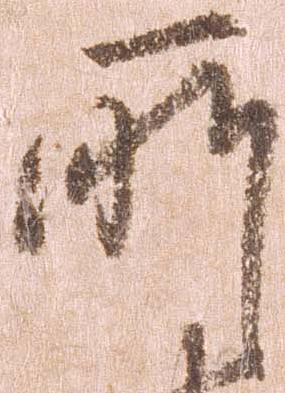
所